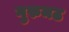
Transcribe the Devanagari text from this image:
गुरुमठ